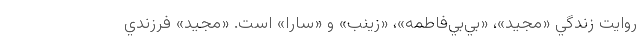
روايت زندگي «مجيد»، «بي‌بي‌فاطمه»، «زينب» و «سارا» است. «مجيد» فرزندي